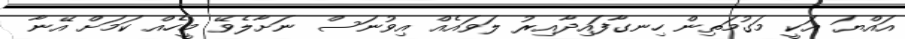
އައްޔަ އަކީ މަގުމަތިން ހިނގާފައިދާއިރު ލަވައެއް އިވުނަސް ނަށާލެވޭ މީހެއް ކަމަށް އޭނާ